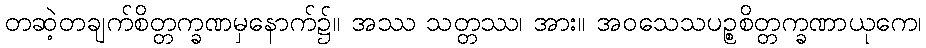
တဆဲ့တချက်စိတ္တက္ခဏမှနောက်၌။ အဿ သတ္တဿ၊ အား။ အဝသေသပဉ္စစိတ္တက္ခဏာယုကေ၊